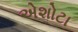
એશોટા